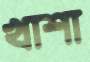
খাশা